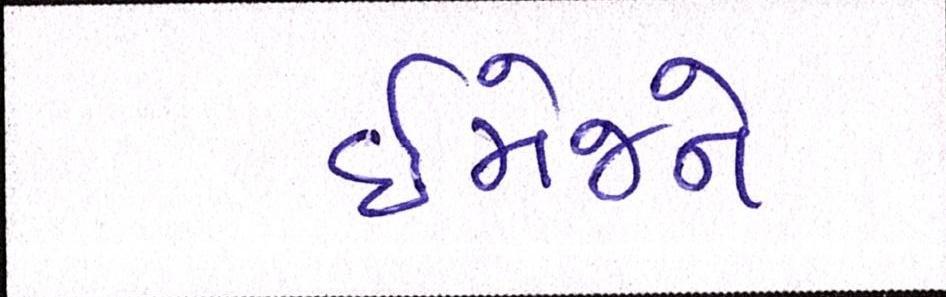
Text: ઈમેજને